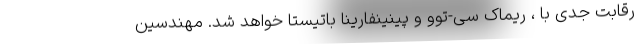
رقابت جدی با ، ریماک سی-توو و پینینفارینا باتیستا خواهد شد. مهندسین